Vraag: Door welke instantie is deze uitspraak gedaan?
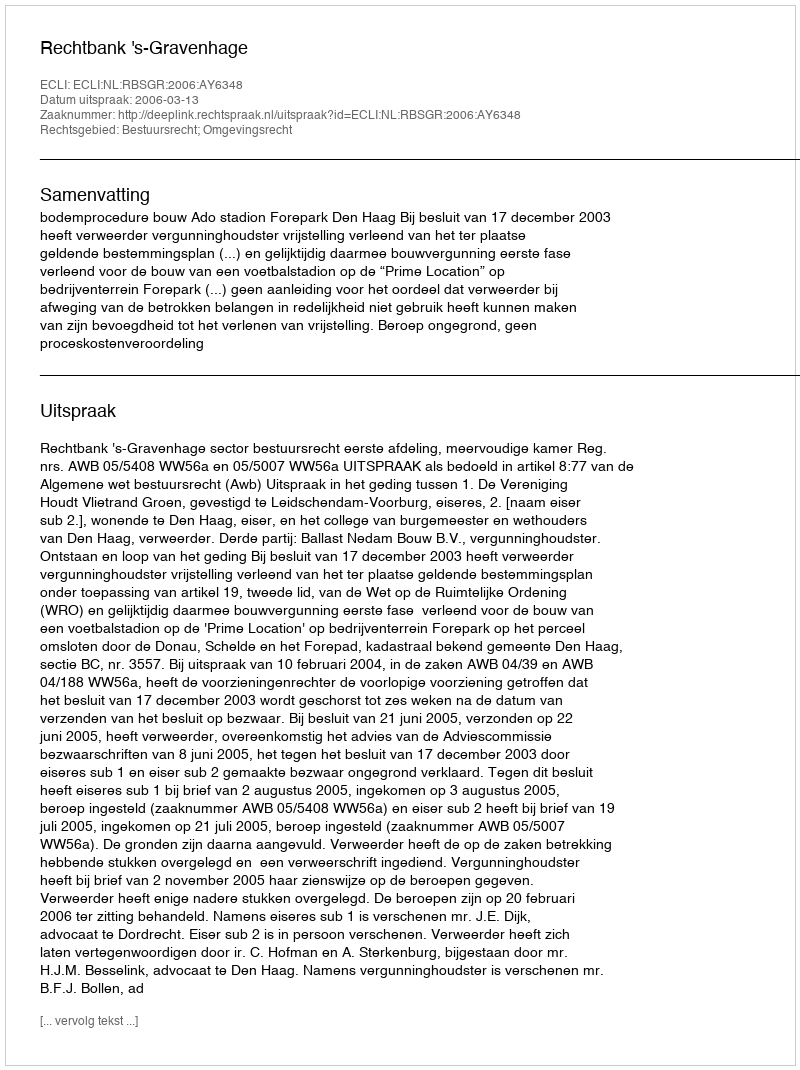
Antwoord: Rechtbank 's-Gravenhage